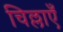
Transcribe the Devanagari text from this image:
चिल्लाएँ